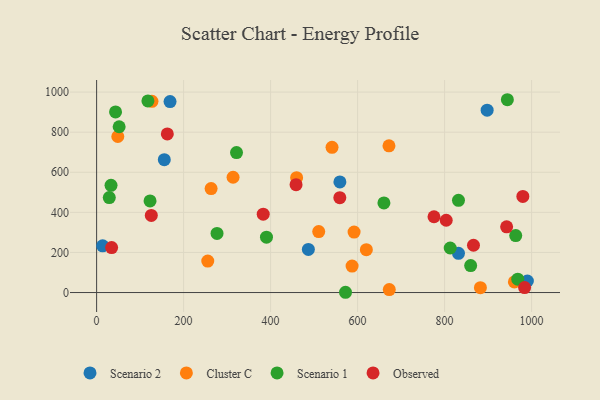
{"axis": {"x": "Distance", "y": "Sales"}, "legend": ["Cluster C", "Observed", "Scenario 1", "Scenario 2"], "data": [{"x": "990.3", "y": 57.6, "type": "Scenario 2"}, {"x": "155.6", "y": 662.7, "type": "Scenario 2"}, {"x": "831.9", "y": 195.7, "type": "Scenario 2"}, {"x": "168.8", "y": 952.5, "type": "Scenario 2"}, {"x": "486.8", "y": 215.1, "type": "Scenario 2"}, {"x": "897.8", "y": 909.6, "type": "Scenario 2"}, {"x": "559.3", "y": 551.8, "type": "Scenario 2"}, {"x": "13.8", "y": 233.2, "type": "Scenario 2"}, {"x": "255.5", "y": 156.8, "type": "Cluster C"}, {"x": "541.2", "y": 724.6, "type": "Cluster C"}, {"x": "591.9", "y": 301.4, "type": "Cluster C"}, {"x": "620.1", "y": 213.6, "type": "Cluster C"}, {"x": "587.3", "y": 131.9, "type": "Cluster C"}, {"x": "127.2", "y": 954.1, "type": "Cluster C"}, {"x": "672.8", "y": 14.8, "type": "Cluster C"}, {"x": "48.7", "y": 778.5, "type": "Cluster C"}, {"x": "459.8", "y": 572.9, "type": "Cluster C"}, {"x": "263.2", "y": 518.5, "type": "Cluster C"}, {"x": "960.4", "y": 53.0, "type": "Cluster C"}, {"x": "313.7", "y": 575.2, "type": "Cluster C"}, {"x": "672.1", "y": 732.1, "type": "Cluster C"}, {"x": "882.3", "y": 24.4, "type": "Cluster C"}, {"x": "510.6", "y": 304.3, "type": "Cluster C"}, {"x": "660.5", "y": 446.9, "type": "Scenario 1"}, {"x": "117.9", "y": 956.0, "type": "Scenario 1"}, {"x": "968.2", "y": 66.8, "type": "Scenario 1"}, {"x": "963.5", "y": 284.0, "type": "Scenario 1"}, {"x": "859.9", "y": 134.3, "type": "Scenario 1"}, {"x": "812.9", "y": 222.1, "type": "Scenario 1"}, {"x": "944.3", "y": 961.9, "type": "Scenario 1"}, {"x": "122.8", "y": 456.8, "type": "Scenario 1"}, {"x": "43.5", "y": 901.2, "type": "Scenario 1"}, {"x": "29.1", "y": 473.6, "type": "Scenario 1"}, {"x": "572.2", "y": 1.3, "type": "Scenario 1"}, {"x": "33.1", "y": 534.8, "type": "Scenario 1"}, {"x": "390.5", "y": 276.3, "type": "Scenario 1"}, {"x": "276.8", "y": 295.1, "type": "Scenario 1"}, {"x": "321.6", "y": 698.0, "type": "Scenario 1"}, {"x": "831.9", "y": 459.8, "type": "Scenario 1"}, {"x": "51.8", "y": 827.0, "type": "Scenario 1"}, {"x": "162.5", "y": 791.1, "type": "Observed"}, {"x": "34.5", "y": 224.4, "type": "Observed"}, {"x": "775.6", "y": 378.1, "type": "Observed"}, {"x": "866.4", "y": 235.8, "type": "Observed"}, {"x": "942.6", "y": 327.8, "type": "Observed"}, {"x": "559.1", "y": 473.2, "type": "Observed"}, {"x": "125.7", "y": 384.8, "type": "Observed"}, {"x": "383.0", "y": 390.8, "type": "Observed"}, {"x": "803.7", "y": 360.5, "type": "Observed"}, {"x": "979.9", "y": 479.4, "type": "Observed"}, {"x": "983.9", "y": 24.5, "type": "Observed"}, {"x": "458.5", "y": 538.2, "type": "Observed"}]}